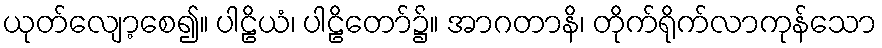
ယုတ်လျော့စေ၍။ ပါဠိယံ၊ ပါဠိတော်၌။ အာဂတာနိ၊ တိုက်ရိုက်လာကုန်သော